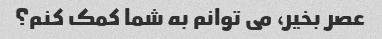
عصر بخیر، می توانم به شما کمک کنم؟